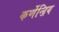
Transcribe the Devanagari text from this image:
कर्णेन्द्रिय